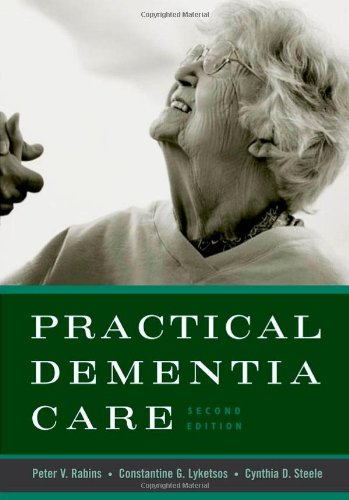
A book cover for Practical Dementia Care; Peter V. Rabins; Self-Help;